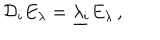
{ \mathcal D } _ { i } E _ { \lambda } = \underline { { { \lambda _ { i } } } } E _ { \lambda } \, ,